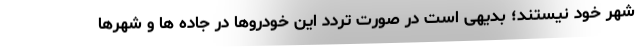
شهر خود نیستند؛ بدیهی است در صورت تردد این خودروها در جاده ها و شهرها